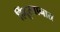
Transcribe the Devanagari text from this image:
हिंदूस्तानात